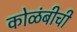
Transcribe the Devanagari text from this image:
कोळंबीची